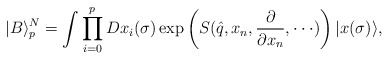
\begin{align*}|B\rangle_p^N=\int \prod_{i=0}^p Dx_i(\sigma) \exp\left(S(\hat{q}, x_n, {\partial\over \partial x_n}, \cdot\cdot\cdot)\right) |x(\sigma) \rangle, \end{align*}